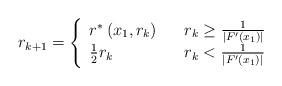
LaTeX: \begin{align*}r_{k+1}=\left\{ \begin{array}{lll}r^{\ast }\left( x_{1},r_{k}\right) & & r_{k}\geq \frac{1}{\left\vert F^{\prime }\left( x_{1}\right) \right\vert } \\ \frac{1}{2}r_{k} & & r_{k}<\frac{1}{\left\vert F^{\prime }\left(x_{1}\right) \right\vert }\end{array}\right. \end{align*}